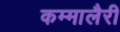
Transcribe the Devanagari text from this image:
कम्मालैरी